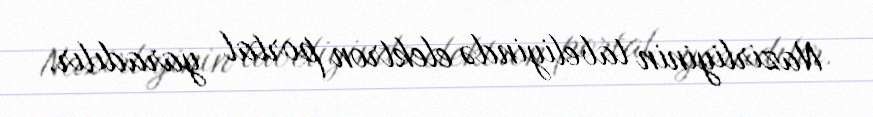
Nazirliyinin tabeliyində elektron portal yaradılır.